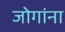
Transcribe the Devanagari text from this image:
जोगांना